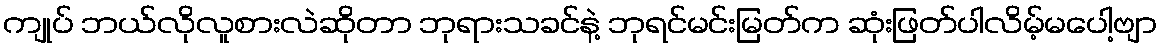
ကျုပ် ဘယ်လိုလူစားလဲဆိုတာ ဘုရားသခင်နဲ့ ဘုရင်မင်းမြတ်က ဆုံးဖြတ်ပါလိမ့်မပေါ့ဗျာ